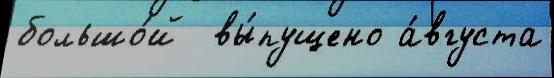
большо́й  вы́пущено а́вгуста